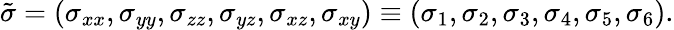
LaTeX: {\tilde{\sigma}}=(\sigma_{xx},\sigma_{yy},\sigma_{zz},\sigma_{yz},\sigma_{xz},\sigma_{xy})\equiv(\sigma_{1},\sigma_{2},\sigma_{3},\sigma_{4},\sigma_{5},\sigma_{6}).